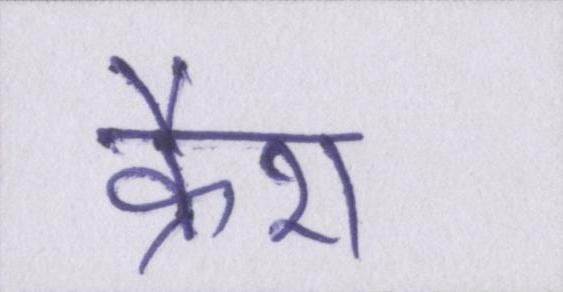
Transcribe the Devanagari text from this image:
क्रैश